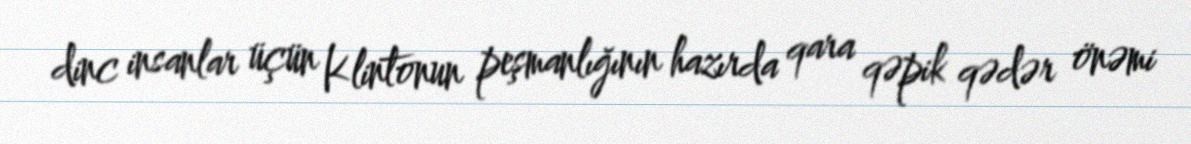
dinc insanlar üçün Klintonun peşmanlığının hazırda qara qəpik qədər önəmi